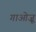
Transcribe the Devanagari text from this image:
गाओज़ू